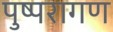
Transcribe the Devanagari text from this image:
पुष्परागण